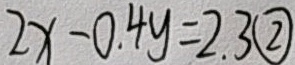
2 x - 0 . 4 y = 2 . 3 \textcircled { 2 }